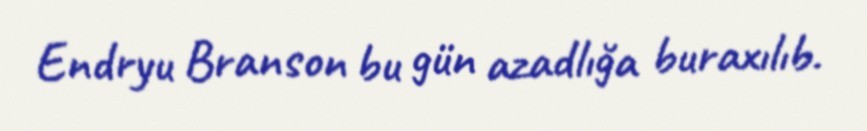
Endryu Branson bu gün azadlığa buraxılıb.